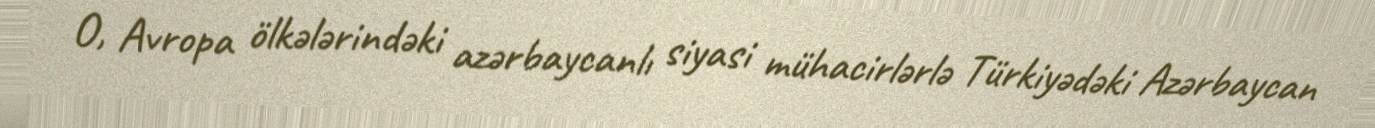
O, Avropa ölkələrindəki azərbaycanlı siyasi mühacirlərlə Türkiyədəki Azərbaycan